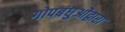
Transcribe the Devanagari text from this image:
गोपबंधुओंद्वारा